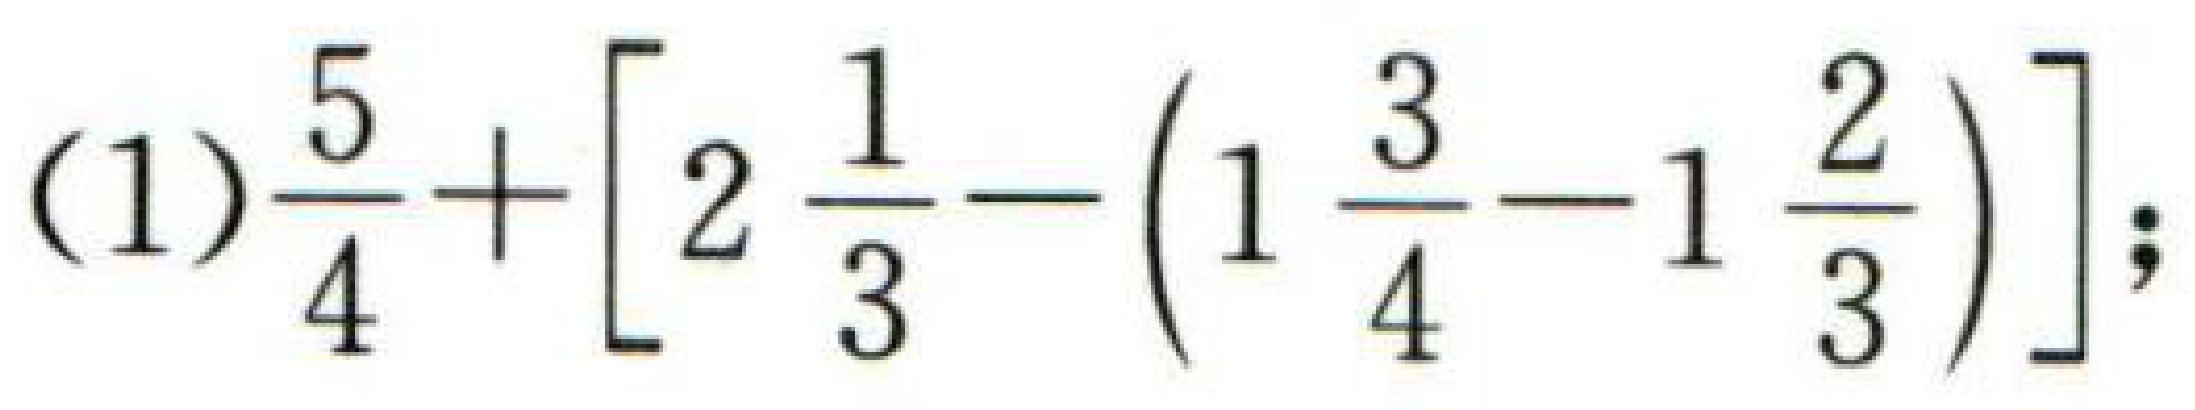
\((1)\frac{5}{4}+[2\frac{1}{3}-(1\frac{3}{4}-1\frac{2}{3})];\)